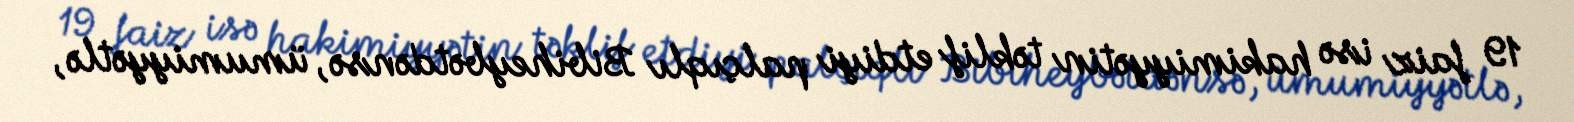
19 faiz isə hakimiyyətin təklif etdiyi palçıqlı Bibiheybətdənsə, ümumiyyətlə,